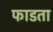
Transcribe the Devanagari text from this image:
फाडता